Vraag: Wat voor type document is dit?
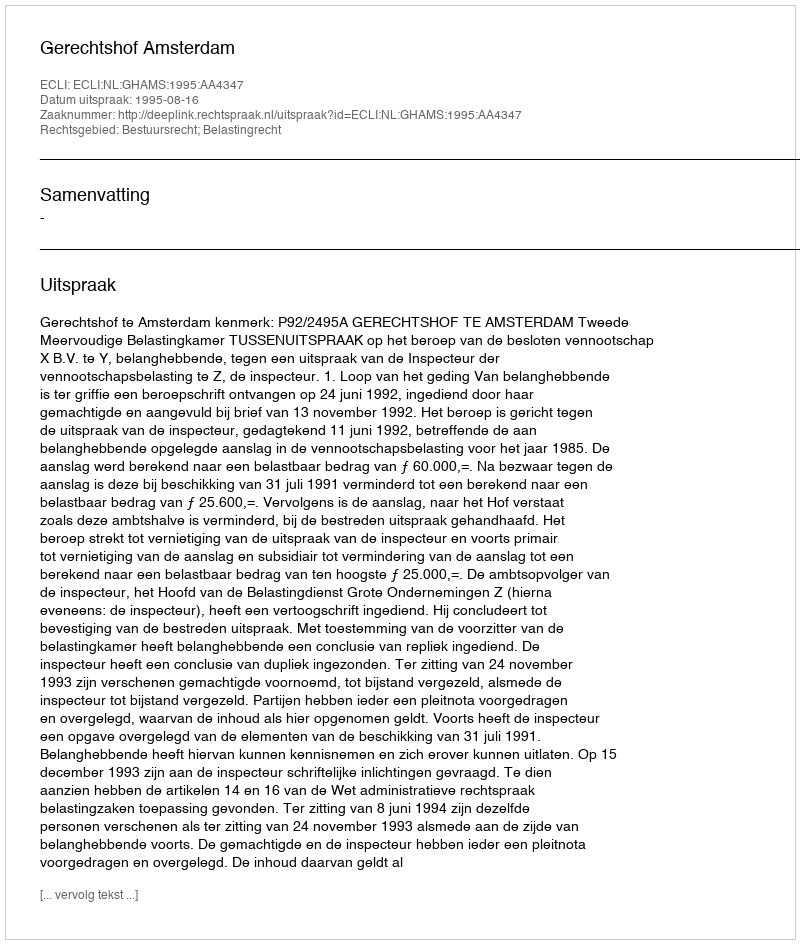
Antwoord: Uitspraak